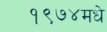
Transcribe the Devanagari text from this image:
१९७४मधे